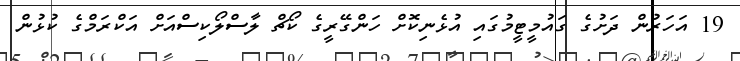
19 އަހަރުން ދަށުގެ ގައުމީޓީމުގައި އުޅެނިކޮށް ހަންގޭރީގެ ކޯޗް ލާސްލޯކިސްއަށް އަކްރަމްގެ ކުޅުން